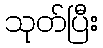
သုတ်ပြီး